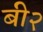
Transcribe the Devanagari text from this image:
बी२